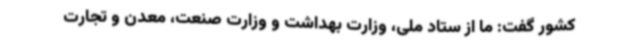
کشور گفت: ما از ستاد ملی، وزارت بهداشت و وزارت صنعت، معدن و تجارت